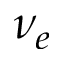
\nu _ { e }